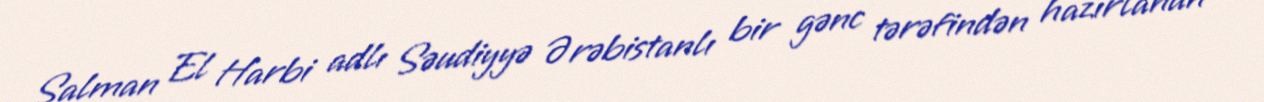
Salman El Harbi adlı Səudiyyə Ərəbistanlı bir gənc tərəfindən hazırlanan